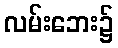
လမ်းဘေး၌